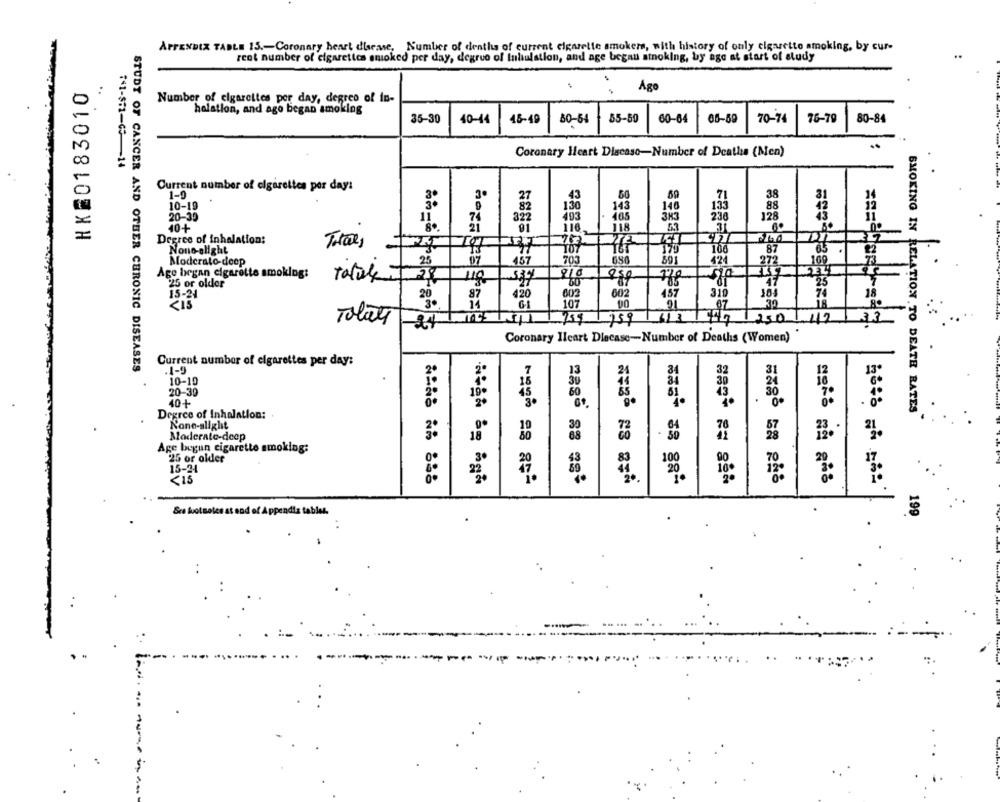
APPENDIX TABLE 15 .- Coronary heart disease, Number of deaths of current cigarette smokers, with history of only cigarette smoking, by cur-
rent number of cigarettes smoked per day, degree of Inhaulation, and age began stnoking, by age at start of study
HK20183010
Ago
Number of cigarettes per day, degree of in-
halation, and ago began smoking
35-30
40-44
45-49
80-54
55-59
60-64
05-6
70-74
76-79
80-84
Coronary Heart Discaso-Number of Deaths (Men)
:1-$=1-GS -- 14
Current number of elgarettes per day:
1-9
38
27
43
60
10-19
82
130
143
140
88
20-30
74
403
. 465
236
128
43
11
322
40+
21
01
116
118
-
Degree of inhalation:
Total,
None-alight
107 968
87
106
.
Moderato-deep
25
07
205
424
27
100
Age began cigarette smoking:
total
28
778
77
25 or older
25
15-24
20
87
420
602
002
457
310
18
<IS
14
G
107
Total
759 759
1/3/47
1250
1.112
24
Coronary Heart Dlecase-Number of Deaths (Women)
STUDT OF CANCER AND OTHER CHRONIC DISEASES
Current number of cigarettes per day:
.1-9
13
21
31
12
13
10-10
20-30
51
30
40+
20
SMOKING IN RELATION TO DEATH RATES
Degree of Inhalation:
None-slight
Moderate-deep
Age bugun cigarette smoking:
25 or older
100
15-24
10º
<15
20
Gra fuotsoles at end of Appendix tables.
199